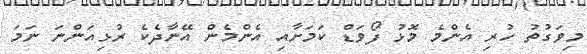
މިވަގުތު ހުރި އެންމެ މޮޅު ފޯވަޑް ކަމަށާއި އެންމެން އޭނާދެކެ ރުޅިއަންނަ ނަމަ